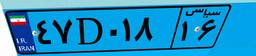
۴۷D۰۱۸۱۶